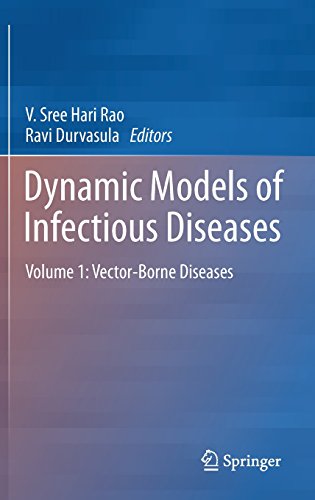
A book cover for Dynamic Models of Infectious Diseases: Volume 1: Vector-Borne Diseases; Medical Books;